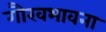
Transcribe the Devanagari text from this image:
गौरवभावना